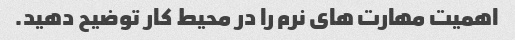
اهمیت مهارت های نرم را در محیط کار توضیح دهید.